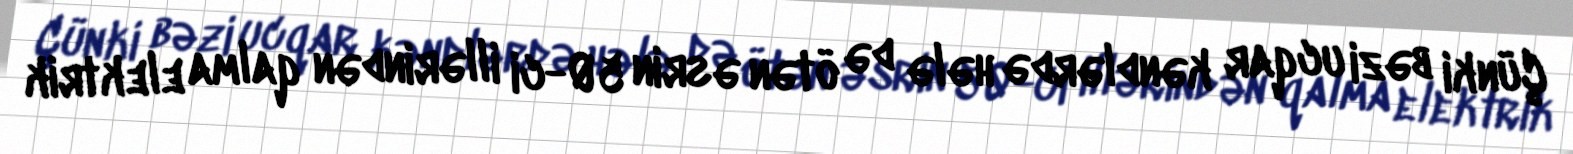
Çünki bəzi ucqar kəndlərdə hələ də ötən əsrin 50-ci illərindən qalma elektrik